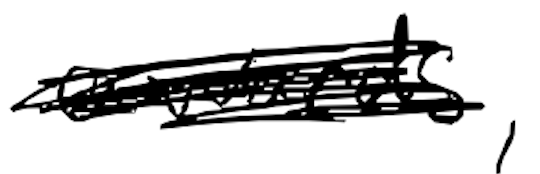
Text: awards,
Cross-out: scratch
Writing tool: digital_black